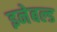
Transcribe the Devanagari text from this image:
इनेबल्ड